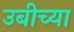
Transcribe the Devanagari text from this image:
उबीच्या